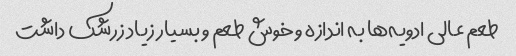
طعم عالی ادویه‌ها به اندازه و خوش طعم و بسیار زیاد زرشک داشت